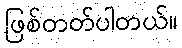
ဖြစ်တတ်ပါတယ်။